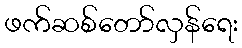
ဖက်ဆစ်တော်လှန်ရေး